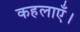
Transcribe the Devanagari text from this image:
कहलाएँ।